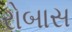
રોબાસ